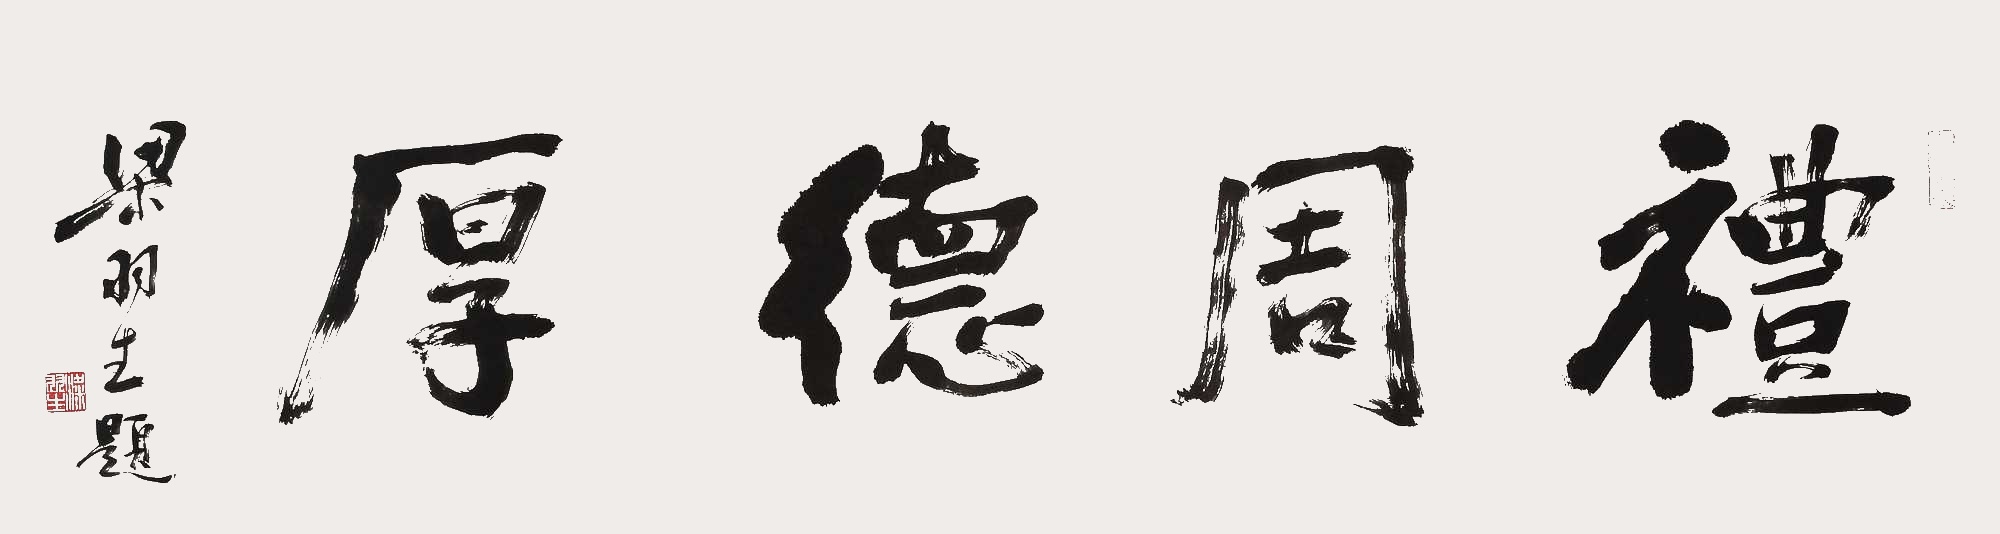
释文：礼周德厚。梁羽生题。